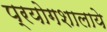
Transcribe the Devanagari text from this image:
प्रयोगशालाये